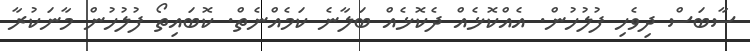
ސާބަސް ދިވެހި ފުލުހުން. އެއްކޮޅެއް ދެކޮޅެއް ބަލާނެ ކަމެއްނެތް. ކޮބައިތޯ ފުލުހުން މާނަކުރާ